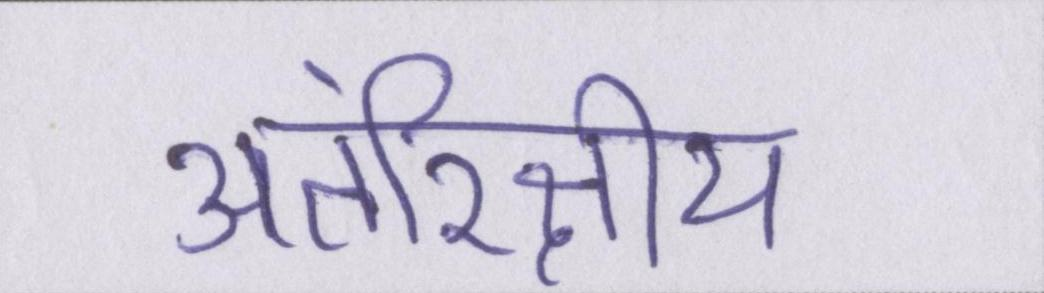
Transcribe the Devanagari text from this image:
अंतरिक्षीय